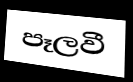
පෑලවී